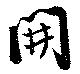
開